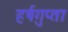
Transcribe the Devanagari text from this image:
हर्षगुप्ता